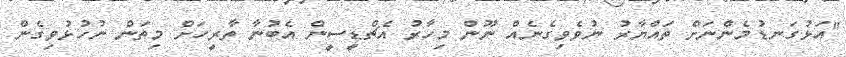
"އަޅުގަނޑުމެންނަށް ތައްޔާރު ނުވެވިގެނެއް ނޫން މިހާރު އެޗްޑީސީން އެބުނާ ތާރީހަށް މިތަން ނުހުޅުވިގެން